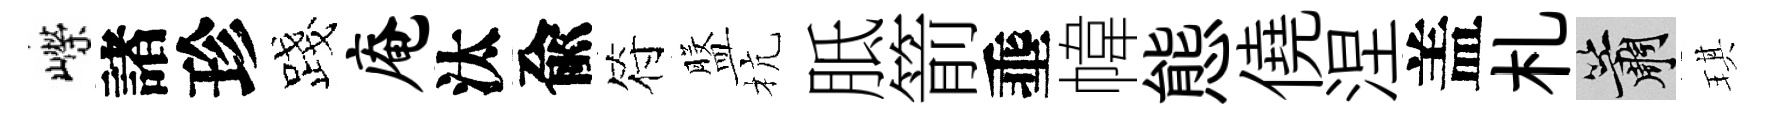
嶸諸珍露庵汰兪符盤杭胝箭埀幃態僥涅盖札簫琪